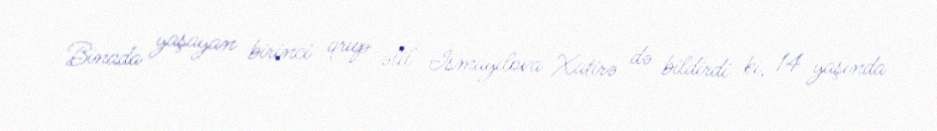
Binada yaşayan birinci qrup əlil İsmayılova Xatirə də bildirdi ki, 14 yaşında